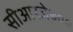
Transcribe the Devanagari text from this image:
सीआरजे७००